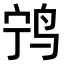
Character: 𫛢